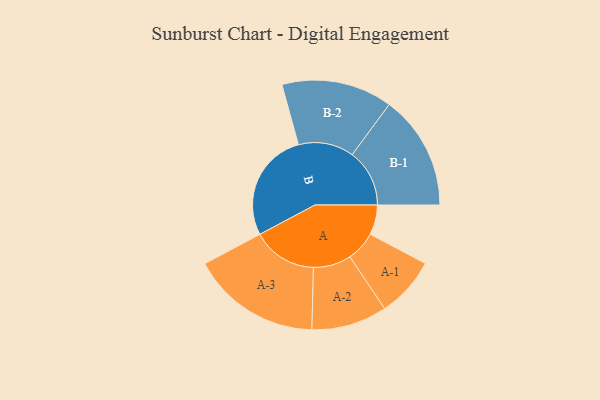
{"axis": {"x": "Segment", "y": "Value"}, "legend": ["", "A", "B"], "data": [{"x": "A", "y": 112, "type": ""}, {"x": "B", "y": 412, "type": ""}, {"x": "A-1", "y": 113, "type": "A"}, {"x": "A-2", "y": 142, "type": "A"}, {"x": "A-3", "y": 243, "type": "A"}, {"x": "B-1", "y": 215, "type": "B"}, {"x": "B-2", "y": 208, "type": "B"}]}